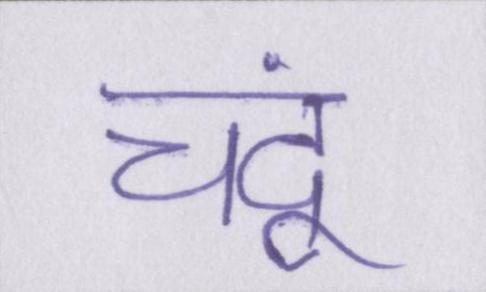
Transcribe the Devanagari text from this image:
चंदू